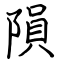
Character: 隕